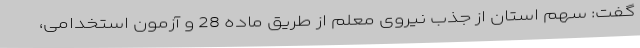
گفت: سهم استان از جذب نیروی معلم از طریق ماده 28 و آزمون استخدامی،